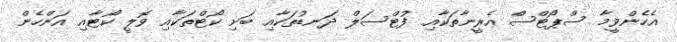
އެހެންވީމާ ސްޕޯޓްސް އެރީނާތަކާއި ފުޓްސަލް ދަނޑުތަކާއި ބަށި ކޯޓްތަކާއި ވޮލީ ކޯޓާއި އަންހެން